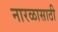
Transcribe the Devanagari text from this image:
नारळासाठी